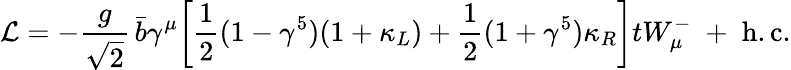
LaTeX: {\cal L}=-\frac{g}{\sqrt{2}}\, \bar{b}\gamma^{\mu}\biggr[\frac{1}{2}(1-\gamma^{5})(1+\kappa_{L})+\frac{1}{2}(1+\gamma^{5})\kappa_{R}\biggr]tW_{\mu}^{-}\; +\; \mathrm{h.c.}